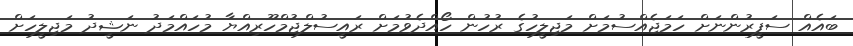
ބައެއް ސަފީރުންނަށް ހަމަޖެއްސުމަށް މަޖިލީހުގެ ރުހުން ހޯއްދެވުމަށް ރައީސުލްޖުމްހޫރިއްޔާ މުހައްމަދު ނަޝީދު މަޖިލީހަށް